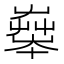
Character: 𡴨